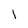
Character: l